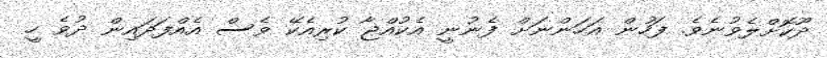
ދޫކޮށްލެވުނެވެ. ފަހުން އަހަންނަށް ފެނުނީ އެކުއްޖާ ކުރިއެކޭ ވެސް އެއްފަދައިން ދުވެ ހީ